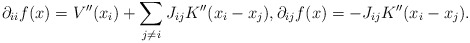
\begin{align*}\partial_{ii}f(x) &= V''(x_i) + \sum_{j \neq i} J_{ij}K''(x_i-x_j), \partial_{ij}f(x) = -J_{ij}K''(x_i-x_j).\end{align*}